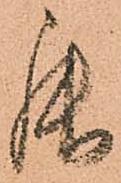
罷